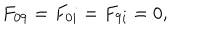
LaTeX: \begin{array} { c } { { F _ { 0 9 } = F _ { 0 i } = F _ { 9 i } = 0 , } } \\ \end{array}